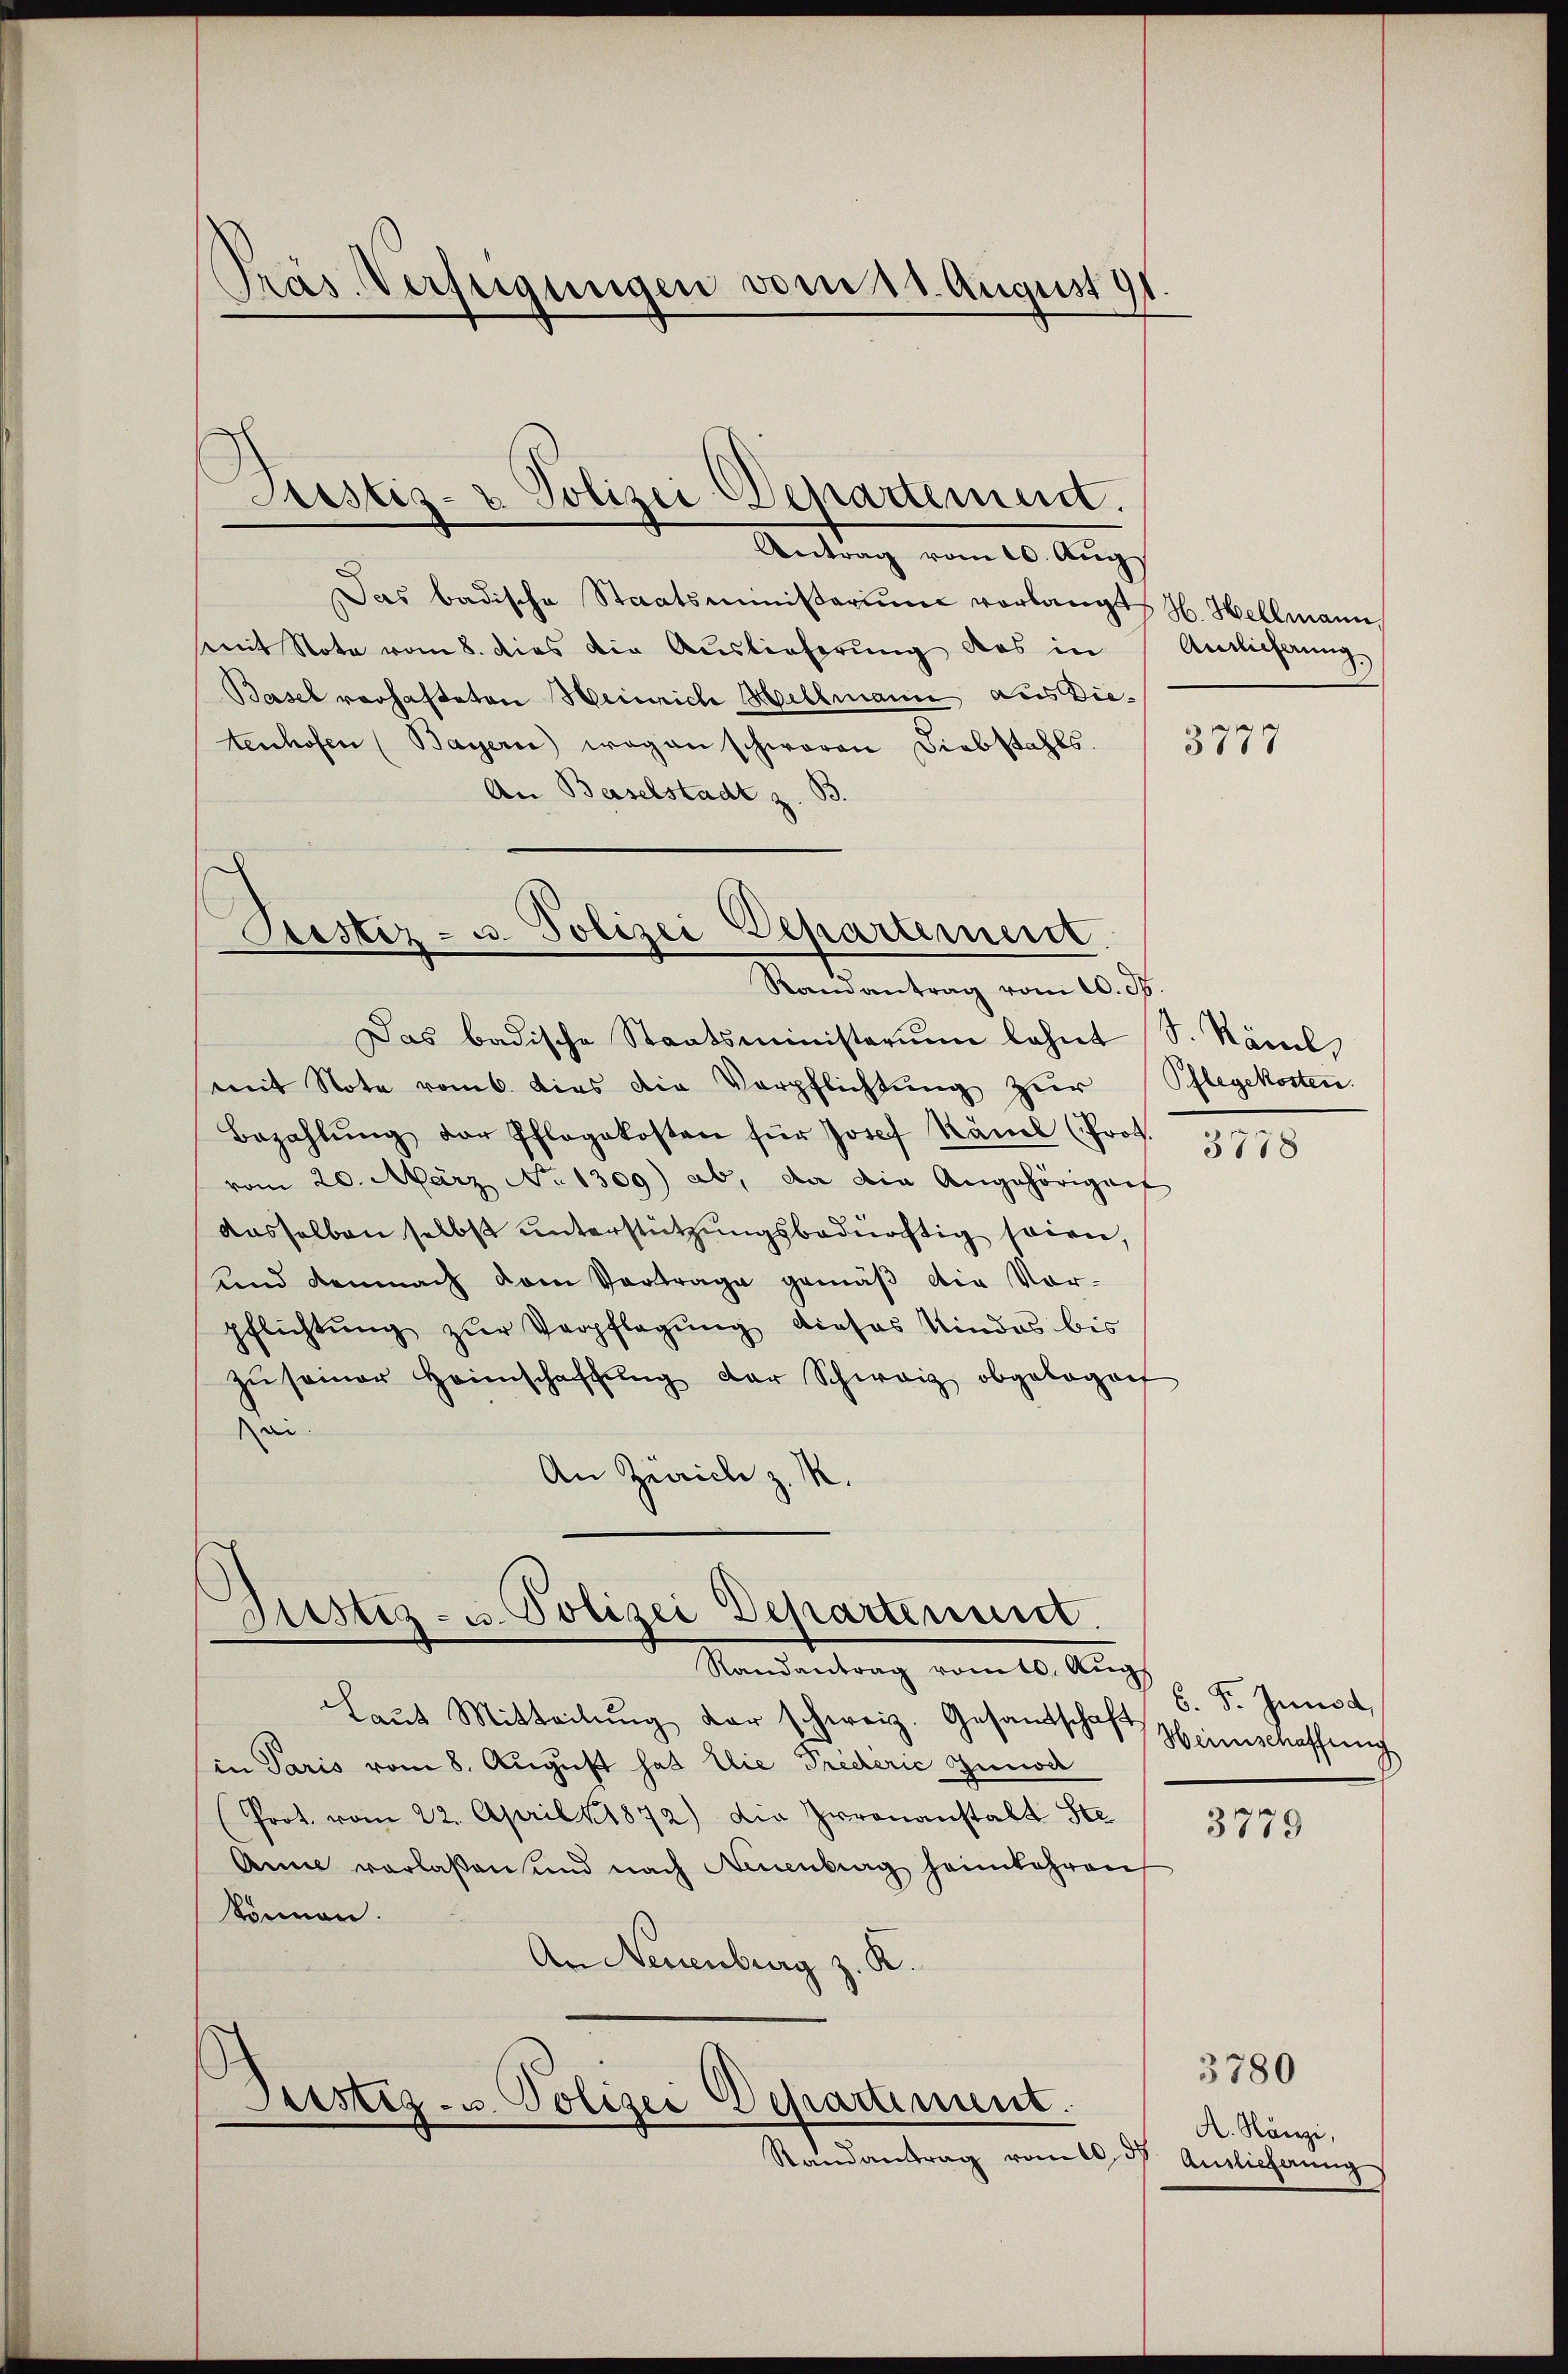
Präs. Verfügungen vom 11. August 191

Prestiz- & Polizei Departement.

Antrag vom 10. Aŭg
Das badische Staatsministerium vorlangt H. Hellmann
mit Note vom 8. dies die Auslieferung das in
Basel vorhafteten Heinrich Hellmann aus Dietenhofen (Bayern) wegen schwaren Diebstahls.
An Baselstadt z. B.

Prestiz- u. Polizei Departement.
Ramantrag vom 20. d.

Das badische Staatsministerium lehnt (S. Näml
mit Note vom 6. dies die Verpflichtung zur
Bezahlŭng der Pflegekosten für Josef Känel (Prof.
vom 20. März No. 1309) ab, da die Angehörigent
dasselben selbst unterstützungsbedürftig seien,
und demnach dem Vortrage gemäß die Vor-
pflichtŭng zŭr Verpflegŭng dieses Kindes bis
zŭ seiner Heimschaffŭng der Schweiz obgelegen
ei.
An Zürich z. M.

Justiz- u. Polizei Departenuit.
.
Randantrag romts. Aug

Justiz- u Polizei Departement.
Randantrag vom 5. Auslieferung

Ainlicherung.

Laut Mitteilung der schweiz. Gesandtschaft Heimschaffung
in Paris vom 8. August hat die Predérić Guns
Prot. vom 22. April 1872) die Irrenanstalt Ste
Anne verlaßen und nach Neuenburg heimkehren
können.
An Neuenburg z. K.

3775

Pflegekosten.

3778

6. F. Juni d

3779

A. Nänzi,

3780